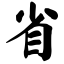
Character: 省